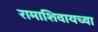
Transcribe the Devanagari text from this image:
रामाशिवायच्या